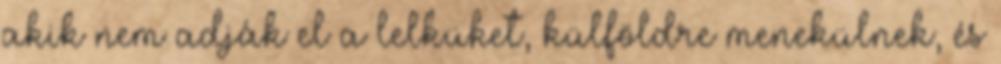
akik nem adják el a lelküket, külföldre menekülnek, és